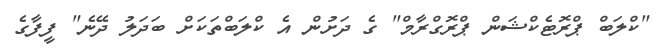
"ކްލަބް ޕްރޮޓެކްޝަން ޕްރޮގްރާމް" ގެ ދަށުން އެ ކްލަބްތަކަށް ބަދަލު ދޭނެ" ފީފާގެ